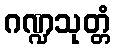
ဂဏ္ဍသုတ္တံ